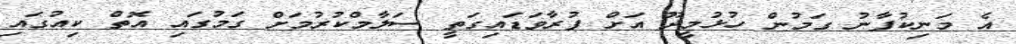
އެ މަނިކުފާނު ގަމުން ހުޅުމީދޫ އަށް ފުރާވަޑައިގަތީ ސަލާމްކުރުމަށް ގަމުގައި އޮތް ކިއުގައި